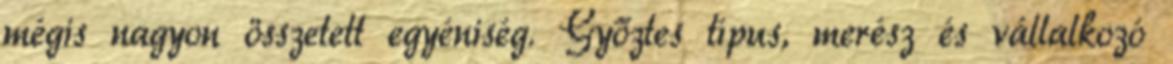
mégis nagyon összetett egyéniség. Győztes típus, merész és vállalkozó